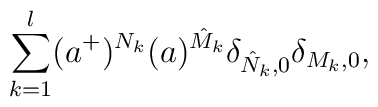
\sum _{k=1}^{l}(a^+)^{N_k}(a)^{\hat{M}_k}\delta _{\hat{N}_k,0}\delta _{M_k,0},